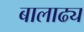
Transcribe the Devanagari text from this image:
बालाढ्य